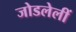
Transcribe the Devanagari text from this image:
जोडलेलीं